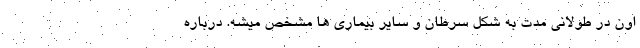
اون در طولانی مدت به شکل سرطان و سایر بیماری ها مشخص میشه. درباره